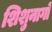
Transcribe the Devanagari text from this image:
शिशुनागों